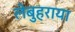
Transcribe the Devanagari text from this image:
लेबुहराया